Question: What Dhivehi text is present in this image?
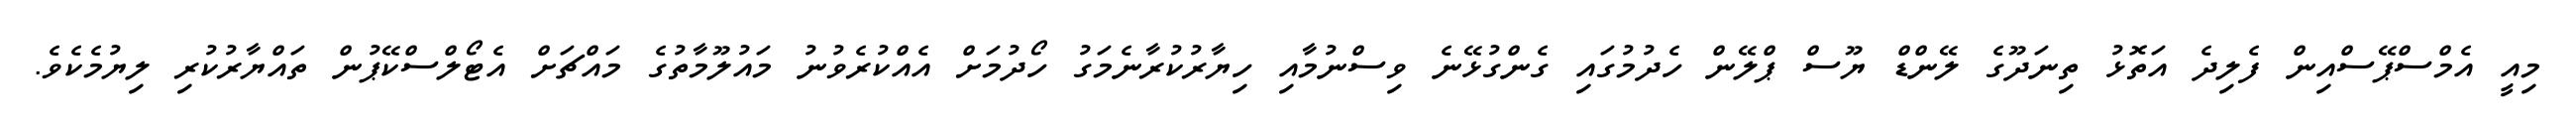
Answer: މިއީ އެމްސްޕޭސްއިން ފެލިދެ އަތޮޅު ތިނަދޫގެ ލޭންޑް ޔޫސް ޕްލޭން ހެދުމުގައި ގެންގުޅޭނެ ވިސްނުމާއި ހިޔާރުކުރާނެމަގު ހޯދުމަށް އެއްކުރެވުނު މައުލޫމާތުގެ މައްޗަށް އެޓޯލްސްކޭޕުން ތައްޔާރުކުރި ލިޔުމެކެވެ.